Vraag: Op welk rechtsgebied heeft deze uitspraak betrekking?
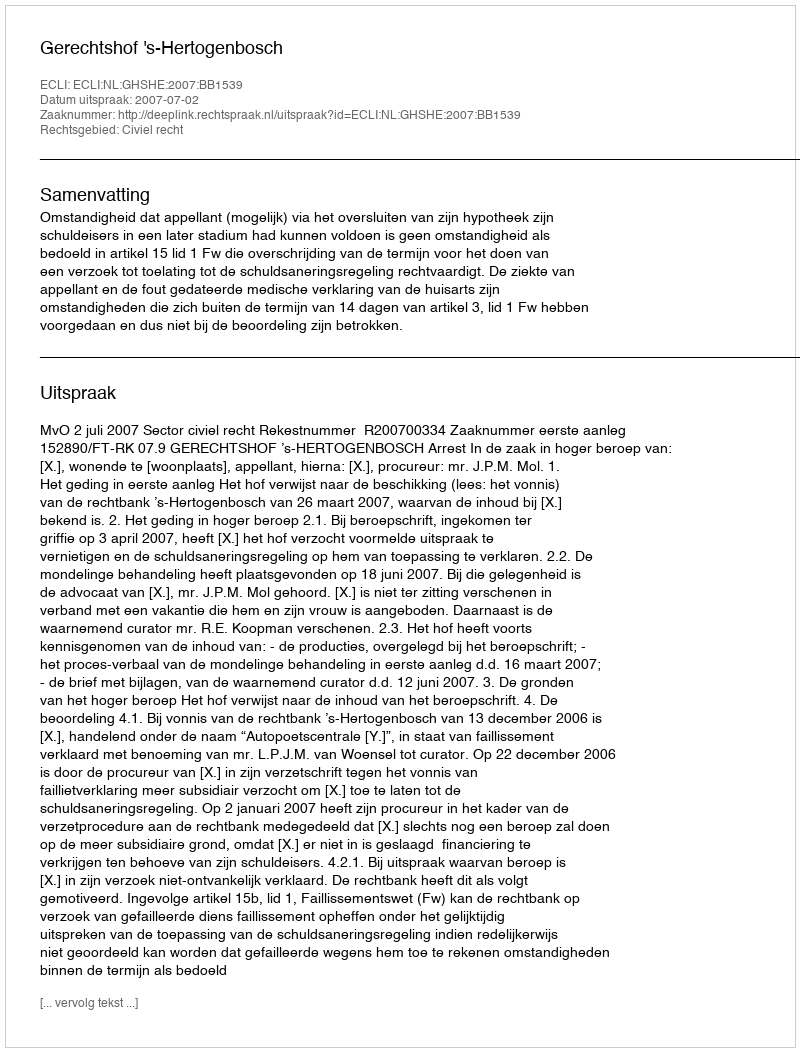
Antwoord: Civiel recht